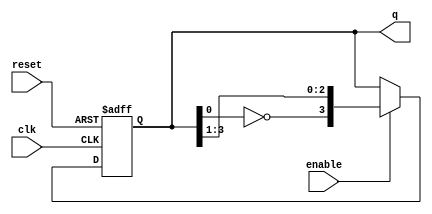
module johnson_counter (
    input wire clk,          // Clock input
    input wire reset,        // Reset input
    input wire enable,       // Clock enable input
    output reg [3:0] q       // 4-bit output
);

    // State transition logic
    always @(posedge clk or posedge reset) begin
        if (reset) begin
            q <= 4'b0000;    // Reset state
        end else if (enable) begin
            q <= {~q[0], q[3:1]}; // Shift left and invert LSB
        end
    end

endmodule